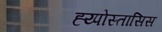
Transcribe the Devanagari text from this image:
ह्य्पोस्तासिस